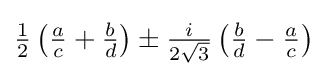
{\tfrac {1}{2}}\left({\tfrac {a}{c}}+{\tfrac {b}{d}}\right)\pm {\tfrac {i}{2{\sqrt {3}}}}\left({\tfrac {b}{d}}-{\tfrac {a}{c}}\right)